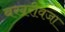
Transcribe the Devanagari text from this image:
बखरीवजा